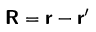
\boldsymbol { \mathsf { R } } = \boldsymbol { \mathsf { r } } - \boldsymbol { \mathsf { r } } ^ { \prime }